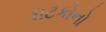
ઘટકોનો